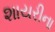
શાયરીના